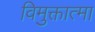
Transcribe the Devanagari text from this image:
विमुक्तात्मा